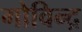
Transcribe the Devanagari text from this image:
गोविन्द्र